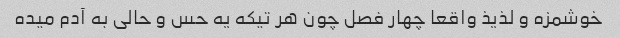
خوشمزه و لذیذ واقعا چهار فصل چون هر تیکه یه حس و حالی به آدم میده